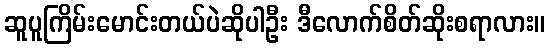
ဆူပူကြိမ်းမောင်းတယ်ပဲဆိုပါဦး ဒီလောက်စိတ်ဆိုးစရာလား။